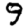
Digit: 9